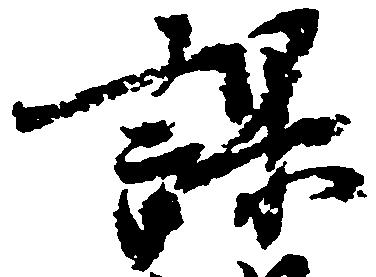
課